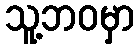
သူ့ဘဝမှာ